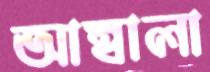
আম্বালা